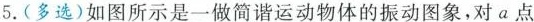
5.(多选)如图所示是一做简谐运动物体的振动图象，对a点